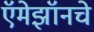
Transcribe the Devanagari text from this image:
ऍमेझॉनचे